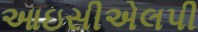
આઇસીએલપી